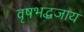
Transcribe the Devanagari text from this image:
वृषभद्धजाय